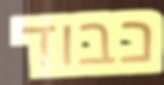
כבוד